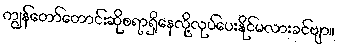
ကျွန်တော်တောင်းဆိုစရာရှိနေလို့လုပ်ပေးနိုင်မလားခင်ဗျာ။